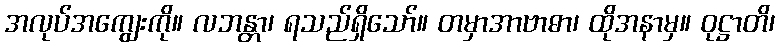
အလုပ်အကျွေးကို။ လဘန္တာ၊ ရသည်ရှိသော်။ တမှာအာဗာဓာ၊ ထိုအနာမှ။ ဝုဋ္ဌာတိ၊